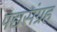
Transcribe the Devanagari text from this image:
पद्यसंग्रह